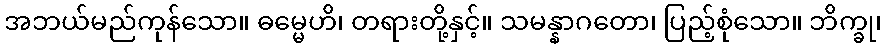
အဘယ်မည်ကုန်သော။ ဓမ္မေဟိ၊ တရားတို့နှင့်။ သမန္နာဂတော၊ ပြည့်စုံသော။ ဘိက္ခု၊